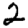
Digit: 2